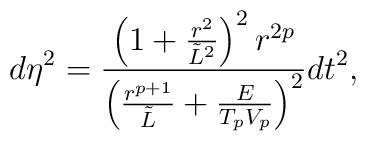
d\eta^2={{\left(1+{r^2\over\tilde{L}^2}\right)^2r^{2p}}\over{\left({r^{p+1}\over\tilde{L}}+{E\over{T_pV_p}}\right)^2}}dt^2,